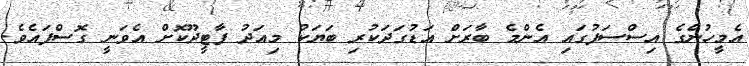
އެމީހުންގެ އިސްސަފުގައި އެންމެ ބާރަށް އަޑުގަދަކުރި ބަޔަކު މިއަދު ފާޓީދޫކޮށް އެވަނީ ގޮސްފައެވެ.